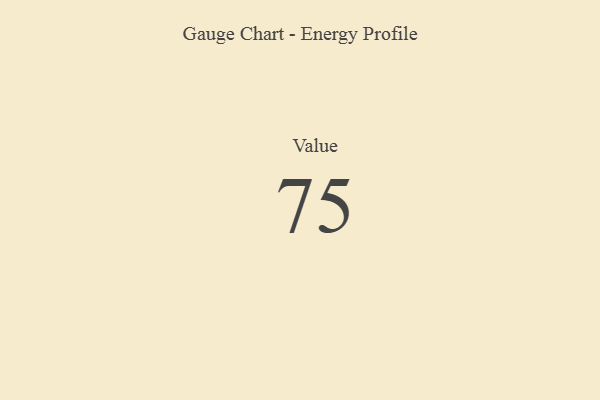
{"axis": {"x": "Metric", "y": "Value"}, "legend": [""], "data": [{"x": "Value", "y": 75, "type": ""}]}